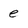
Character: e